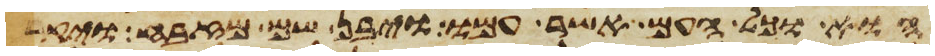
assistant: הוא וכל העם אשר עמו ויבן שם מזבח ויקרא